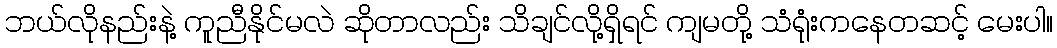
ဘယ်လိုနည်းနဲ့ ကူညီနိုင်မလဲ ဆိုတာလည်း သိချင်လို့ရှိရင် ကျမတို့ သံရုံးကနေတဆင့် မေးပါ။